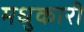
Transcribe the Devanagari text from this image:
मधुकारी